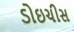
ડોઇચીસ